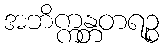
အဘိက္ကန္တတရဉ္စ